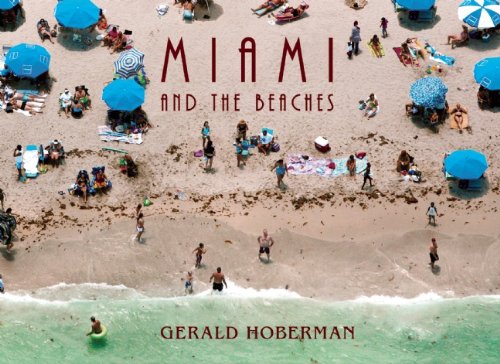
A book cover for Miami And The Beaches; Paul S. George; Travel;